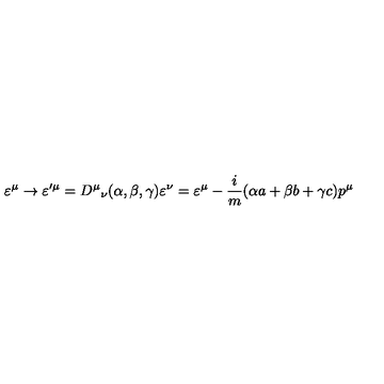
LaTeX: \varepsilon ^ { \mu } \rightarrow \varepsilon ^ { \prime \mu } = { D ^ { \mu } } _ { \nu } ( \alpha , \beta , \gamma ) \varepsilon ^ { \nu } = \varepsilon ^ { \mu } - \frac { i } { m } ( \alpha a + \beta b + \gamma c ) p ^ { \mu }